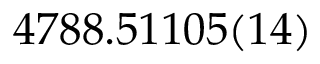
4 7 8 8 . 5 1 1 0 5 ( 1 4 )